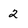
Character: 2